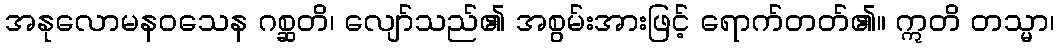
အနုလောမနဝသေန ဂစ္ဆတိ၊ လျော်သည်၏ အစွမ်းအားဖြင့် ရောက်တတ်၏။ ဣတိ တသ္မာ၊